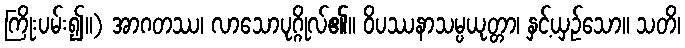
ကြိုးပမ်း၍။) အာဂတဿ၊ လာသောပုဂ္ဂိုလ်၏။ ဝိပဿနာသမ္ပယုတ္တာ၊ နှင့်ယှဉ်သော။ သတိ၊